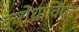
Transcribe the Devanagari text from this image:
क्रोधाविष्ट